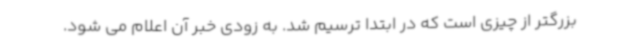
بزرگتر از چیزی است که در ابتدا ترسیم شد. به زودی خبر آن اعلام می شود.